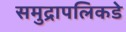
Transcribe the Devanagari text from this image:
समुद्रापलिकडे